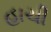
હાચી